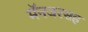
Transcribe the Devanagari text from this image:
मॅनजरसह